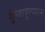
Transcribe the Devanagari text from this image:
गुरुवायुरप्पास